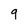
Character: 9